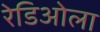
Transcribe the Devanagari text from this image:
रेडिओला